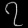
Digit: ၇